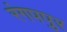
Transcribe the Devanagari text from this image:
रंगपपुर